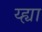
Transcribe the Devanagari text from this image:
य्ह्या